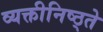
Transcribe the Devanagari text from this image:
व्यक्तीनिष्ठ्ते